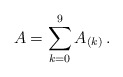
\begin{align*}A = \sum_{k=0}^9 A_{(k)}\, .\end{align*}